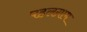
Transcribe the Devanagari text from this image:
पहलग़ाम